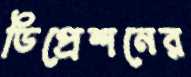
ডিপ্রেশনের